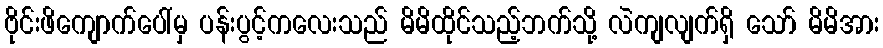
ဗိုင်းဖိကျောက်ပေါ်မှ ပန်းပွင့်ကလေးသည် မိမိထိုင်သည့်ဘက်သို့ လဲကျလျက်ရှိ သော် မိမိအား